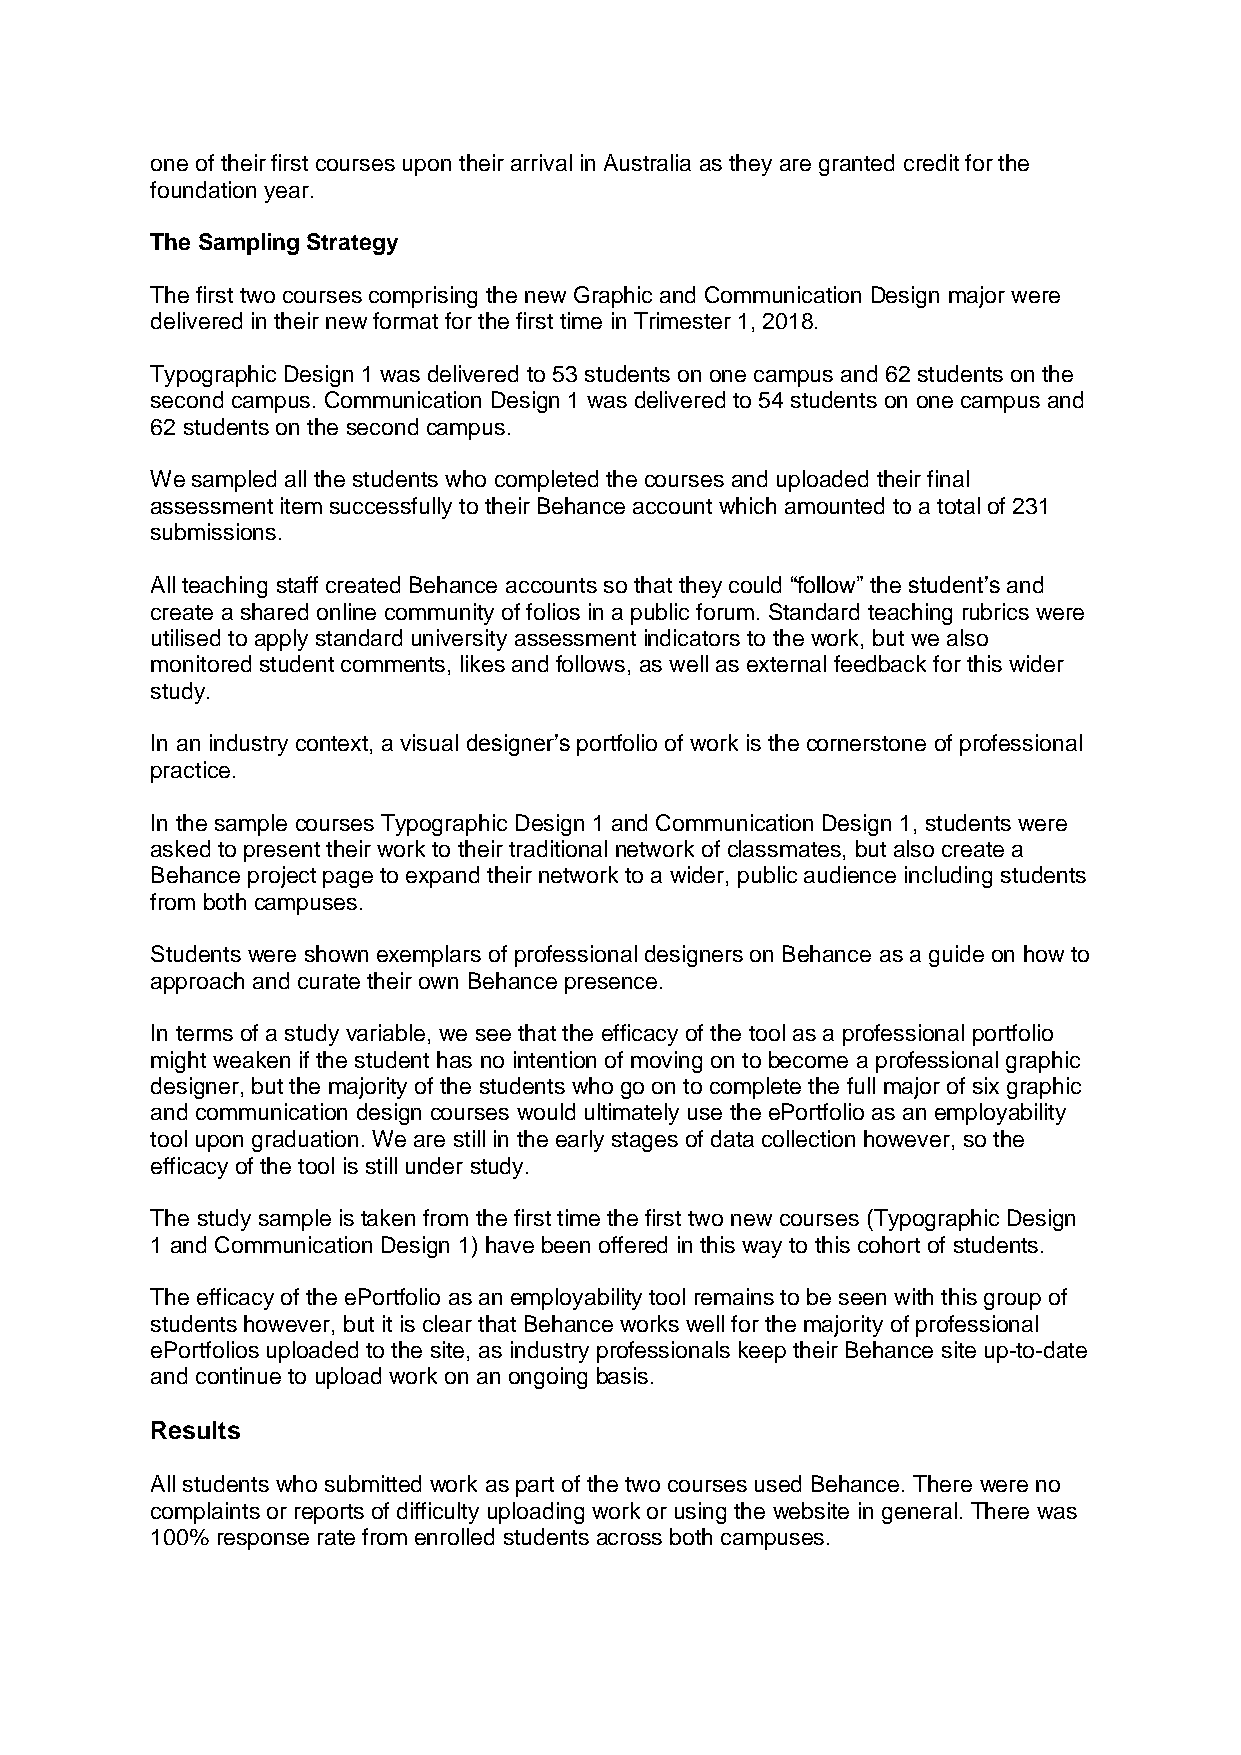
one of their first courses upon their arrival in Australia as they are granted credit for the
 foundation year.
 The Sampling Strategy
 The first two courses comprising the new Graphic and Communication Design major were
 delivered in their new format for the first time in Trimester 1, 2018.
 Typographic Design 1 was delivered to 53 students on one campus and 62 students on the
 second campus. Communication Design 1 was delivered to 54 students on one campus and
 62 students on the second campus.
 We sampled all the students who completed the courses and uploaded their final
 assessment item successfully to their Behance account which amounted to a total of 231
 submissions.
 All teaching staff created Behance accounts so that they could “follow” the student’s and
 create a shared online community of folios in a public forum. Standard teaching rubrics were
 utilised to apply standard university assessment indicators to the work, but we also
 monitored student comments, likes and follows, as well as external feedback for this wider
 study.
 In an industry context, a visual designer’s portfolio of work is the cornerstone of professional
 practice.
 In the sample courses Typographic Design 1 and Communication Design 1, students were
 asked to present their work to their traditional network of classmates, but also create a
 Behance project page to expand their network to a wider, public audience including students
 from both campuses.
 Students were shown exemplars of professional designers on Behance as a guide on how to
 approach and curate their own Behance presence.
 In terms of a study variable, we see that the efficacy of the tool as a professional portfolio
 might weaken if the student has no intention of moving on to become a professional graphic
 designer, but the majority of the students who go on to complete the full major of six graphic
 and communication design courses would ultimately use the ePortfolio as an employability
 tool upon graduation. We are still in the early stages of data collection however, so the
 efficacy of the tool is still under study.
 The study sample is taken from the first time the first two new courses (Typographic Design
 1 and Communication Design 1) have been offered in this way to this cohort of students.
 The efficacy of the ePortfolio as an employability tool remains to be seen with this group of
 students however, but it is clear that Behance works well for the majority of professional
 ePortfolios uploaded to the site, as industry professionals keep their Behance site up-to-date
 and continue to upload work on an ongoing basis.
 Results
 All students who submitted work as part of the two courses used Behance. There were no
 complaints or reports of difficulty uploading work or using the website in general. There was
 100% response rate from enrolled students across both campuses.